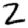
Digit: 2